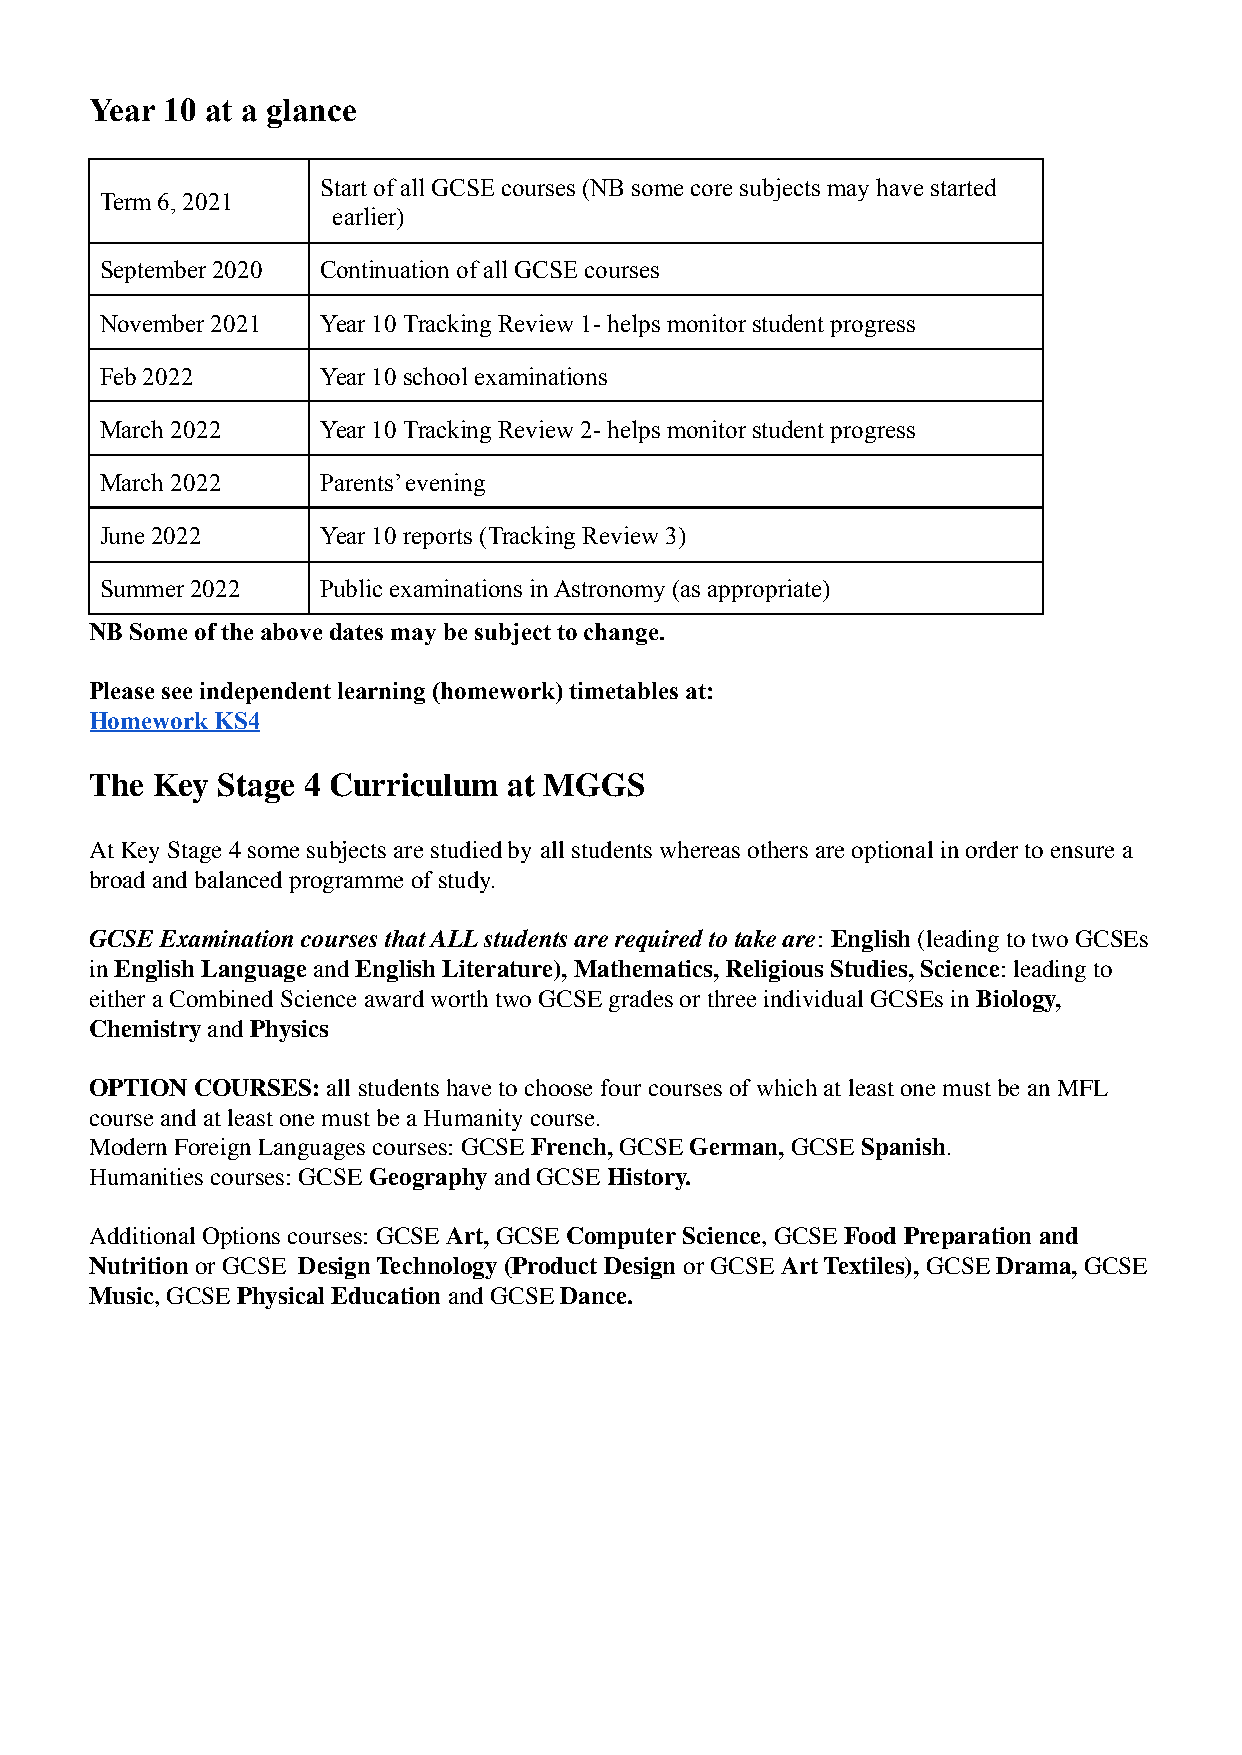
Year 10 at a glance
 Start of all GCSE courses (NB some core subjects may have started
 Term 6, 2021
 earlier)
 September 2020 Continuation of all GCSE courses
 November 2021 Year 10 Tracking Review 1- helps monitor student progress
 Feb 2022      Year 10 school examinations
 March 2022    Year 10 Tracking Review 2- helps monitor student progress
 March 2022    Parents’ evening
 June 2022     Year 10 reports (Tracking Review 3)
 Summer 2022   Public examinations in Astronomy (as appropriate)
 NB Some of the above dates may be subject to change.
 Please see independent learning (homework) timetables at:
 Homework KS4
 The Key Stage 4 Curriculum  at MGGS
 At Key Stage 4 some subjects are studied by all students whereas others are optional in order to ensure a
 broad and balanced programme of study.
 GCSE Examination courses that ALL students are required to take are: English (leading to two GCSEs
 in English Language and English Literature), Mathematics, Religious Studies, Science: leading to
 either a Combined Science award worth two GCSE grades or three individual GCSEs in Biology,
 Chemistry and Physics
 OPTION COURSES: all students have to choose four courses of which at least one must be an MFL
 course and at least one must be a Humanity course.
 Modern Foreign Languages courses: GCSE French, GCSE German, GCSE Spanish.
 Humanities courses: GCSE Geography and GCSE History.
 Additional Options courses: GCSE Art, GCSEComputer Science, GCSE Food Preparation and
 Nutrition or GCSE Design Technology (Product Design or GCSE Art Textiles), GCSE Drama, GCSE
 Music, GCSE Physical Education and GCSE Dance.